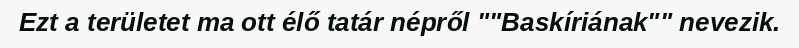
Ezt a területet ma ott élő tatár népről ""Baskíriának"" nevezik.